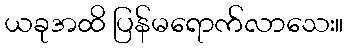
ယခုအထိ ပြန်မရောက်လာသေး။